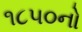
૧૮૫૦નો